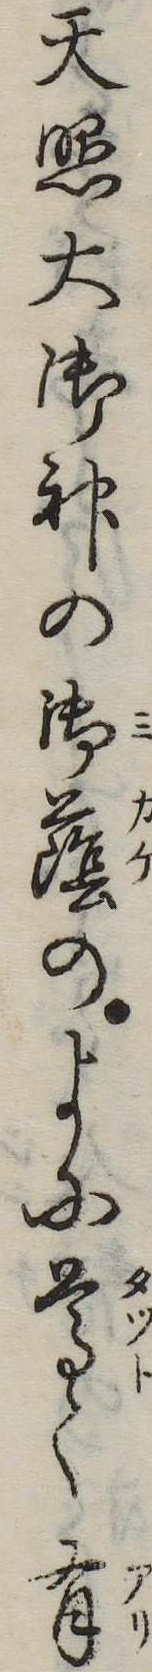
天照大御神の御蔭のよに尊く有